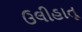
ઉલીહાતૂ